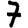
Digit: 7